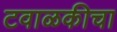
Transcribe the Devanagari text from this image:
टवाळकीचा